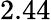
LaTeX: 2.44